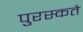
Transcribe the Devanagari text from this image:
पुरस्कते